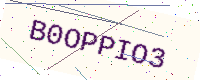
Text: B0OPPIO3